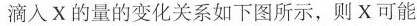
滴入X的量的变化关系如下图所示，则X可能